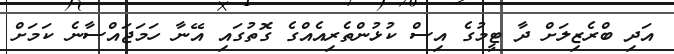
އަދި ބްރެޒިލަށް ދާ ޓީމުގެ އިސް ކުޅުންތެރިއެއްގެ ގޮތުގައި އޭނާ ހަމަޖައްސާނެ ކަމަށް